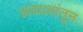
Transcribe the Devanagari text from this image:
अवयवांतून